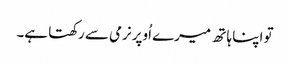
تو اپنا ہا تھ میرے اُوپر نرمی سے رکھتا ہے۔